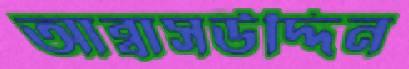
আব্বাসউদ্দিন